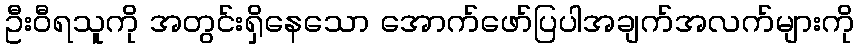
ဦးဝီရသူကို အတွင်းရှိနေသော အောက်ဖော်ပြပါအချက်အလက်များကို